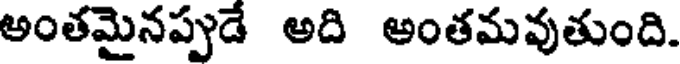
అంతమైనప్పుడే అది అంతమవుతుంది.